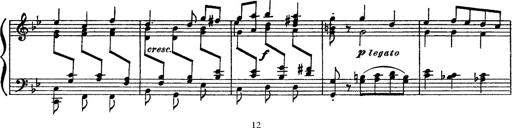
Title: Sarabande und Chaconne aus dem Singspiel
Composer: Franz Liszt